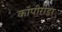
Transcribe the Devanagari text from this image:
कॉपीरीडर